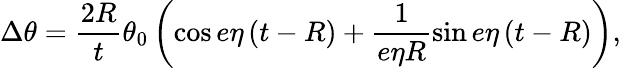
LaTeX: \Delta\theta=\frac{2R}{t}\theta_{0}\left(\cos e\eta\left(t-R\right)+\frac{1}{e\eta R}\sin e\eta\left(t-R\right)\right),